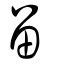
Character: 畱